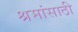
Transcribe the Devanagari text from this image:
श्रमांसाठी